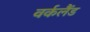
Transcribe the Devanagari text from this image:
वर्कलैंड